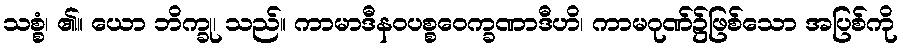
သစ္စံ၊ ၏။ ယော ဘိက္ခု၊ သည်။ ကာမာဒီနဝပစ္စဝေက္ခဏာဒီဟိ၊ ကာမဂုဏ်၌ဖြစ်သော အပြစ်ကို